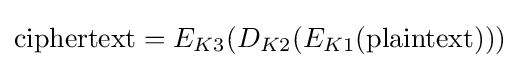
{\textrm {ciphertext}}=E_{K3}(D_{K2}(E_{K1}({\textrm {plaintext}})))